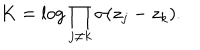
K = \log \prod _ { j \neq k } \sigma ( z _ { j } - z _ { k } ) .